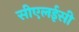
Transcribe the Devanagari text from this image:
सीएलईसी